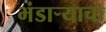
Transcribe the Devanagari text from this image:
भंडार्‍याचा